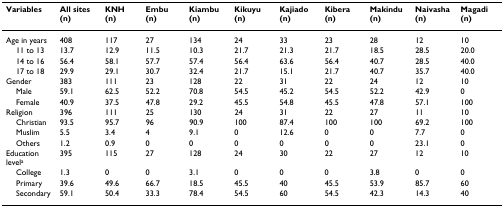
<table><thead><tr><td><b>Variables</b></td><td><b>All sites (n)</b></td><td><b>KNH (n)</b></td><td><b>Embu (n)</b></td><td><b>Kiambu (n)</b></td><td><b>Kikuyu (n)</b></td><td><b>Kajiado (n)</b></td><td><b>Kibera (n)</b></td><td><b>Makindu (n)</b></td><td><b>Naivasha (n)</b></td><td><b>Magadi (n)</b></td></tr></thead><tbody><tr><td>Age in years</td><td>408</td><td>117</td><td>27</td><td>134</td><td>24</td><td>33</td><td>23</td><td>28</td><td>12</td><td>10</td></tr><tr><td> 11 to 13</td><td>13.7</td><td>12.9</td><td>11.5</td><td>10.3</td><td>21.7</td><td>21.3</td><td>21.7</td><td>18.5</td><td>28.5</td><td>20.0</td></tr><tr><td> 14 to 16</td><td>56.4</td><td>58.1</td><td>57.7</td><td>57.4</td><td>56.4</td><td>63.6</td><td>56.4</td><td>40.7</td><td>28.5</td><td>40.0</td></tr><tr><td> 17 to 18</td><td>29.9</td><td>29.1</td><td>30.7</td><td>32.4</td><td>21.7</td><td>15.1</td><td>21.7</td><td>40.7</td><td>35.7</td><td>40.0</td></tr><tr><td>Gender</td><td>383</td><td>111</td><td>23</td><td>128</td><td>22</td><td>31</td><td>22</td><td>24</td><td>12</td><td>10</td></tr><tr><td> Male</td><td>59.1</td><td>62.5</td><td>52.2</td><td>70.8</td><td>54.5</td><td>45.2</td><td>54.5</td><td>52.2</td><td>42.9</td><td>0</td></tr><tr><td> Female</td><td>40.9</td><td>37.5</td><td>47.8</td><td>29.2</td><td>45.5</td><td>54.8</td><td>45.5</td><td>47.8</td><td>57.1</td><td>100</td></tr><tr><td>Religion</td><td>396</td><td>111</td><td>25</td><td>130</td><td>24</td><td>31</td><td>22</td><td>27</td><td>11</td><td>10</td></tr><tr><td> Christian</td><td>93.5</td><td>95.7</td><td>96</td><td>90.9</td><td>100</td><td>87.4</td><td>100</td><td>100</td><td>69.2</td><td>100</td></tr><tr><td> Muslim</td><td>5.5</td><td>3.4</td><td>4</td><td>9.1</td><td>0</td><td>12.6</td><td>0</td><td>0</td><td>7.7</td><td>0</td></tr><tr><td> Others</td><td>1.2</td><td>0.9</td><td>0</td><td>0</td><td>0</td><td>0</td><td>0</td><td>0</td><td>23.1</td><td>0</td></tr><tr><td>Education level<sup>a</sup></td><td>395</td><td>115</td><td>27</td><td>128</td><td>24</td><td>30</td><td>22</td><td>27</td><td>12</td><td>10</td></tr><tr><td> College</td><td>1.3</td><td>0</td><td>0</td><td>3.1</td><td>0</td><td>0</td><td>0</td><td>3.8</td><td>0</td><td>0</td></tr><tr><td> Primary</td><td>39.6</td><td>49.6</td><td>66.7</td><td>18.5</td><td>45.5</td><td>40</td><td>45.5</td><td>53.9</td><td>85.7</td><td>60</td></tr><tr><td> Secondary</td><td>59.1</td><td>50.4</td><td>33.3</td><td>78.4</td><td>54.5</td><td>60</td><td>54.5</td><td>42.3</td><td>14.3</td><td>40</td></tr></tbody></table>